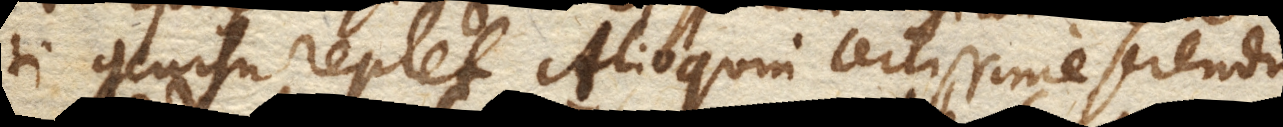
ti concursu replet. Alioquin certissime sciendum